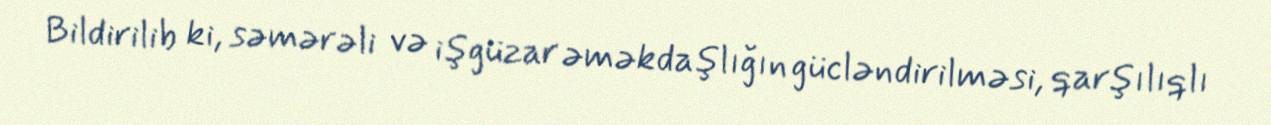
Bildirilib ki, səmərəli və işgüzar əməkdaşlığın gücləndirilməsi, qarşılıqlı